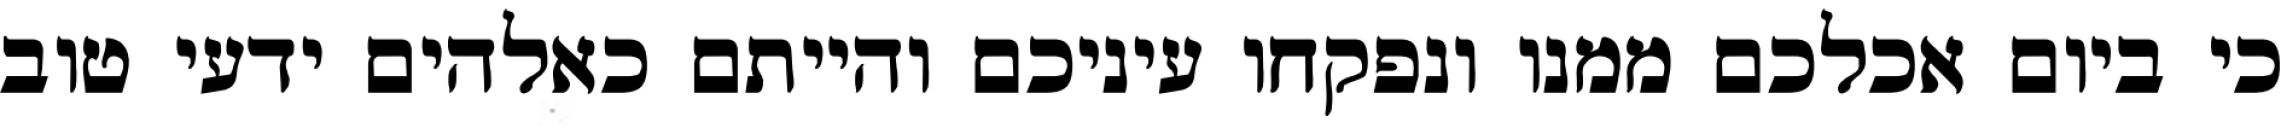
כי ביום אכלכם ממנו ונפקחו עיניכם והייתם כאלהים ידעי טוב